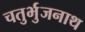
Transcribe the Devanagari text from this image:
चतुर्भुजनाथ